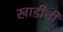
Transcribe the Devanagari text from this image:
खाडीची